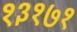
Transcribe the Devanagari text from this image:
१३१७१